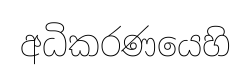
අධිකරණයෙහි